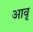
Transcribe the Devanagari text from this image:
आवृ